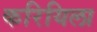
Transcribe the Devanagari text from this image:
करियिला